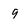
Character: 9